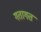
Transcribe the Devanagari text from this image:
गतागत